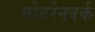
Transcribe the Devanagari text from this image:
मोटरेनवर्क